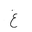
Letter: _gayn